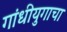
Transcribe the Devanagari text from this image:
गांधीयुगाचा